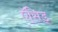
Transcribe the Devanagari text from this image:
ऍसिड्